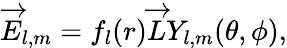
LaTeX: \overrightarrow{E}_{l,m}=f_{l}(r)\overrightarrow{L}Y_{l,m}(\theta,\phi),